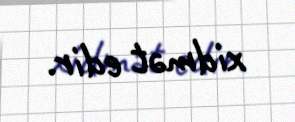
xidmət edir.